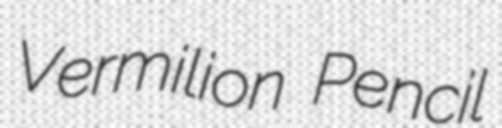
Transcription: Vermilion Pencil